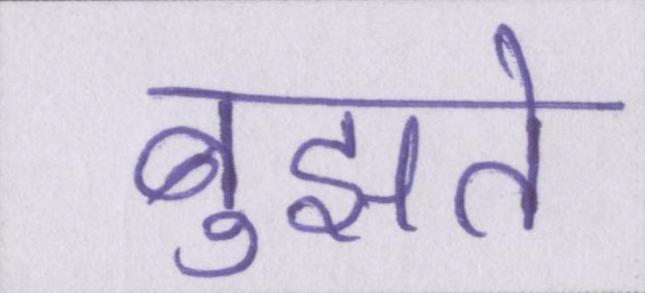
बुझते